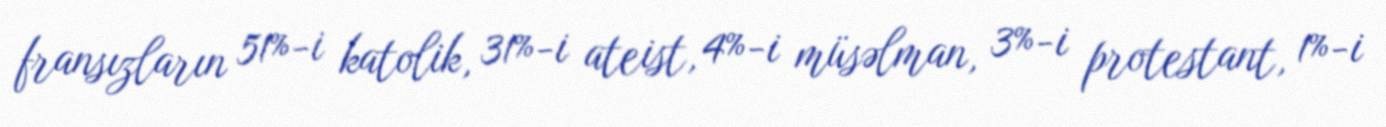
fransızların 51%-i katolik, 31%-i ateist, 4%-i müsəlman, 3%-i protestant, 1%-i